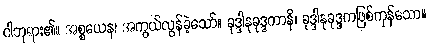
ငါဘုရား၏။ အစ္စယေန၊ အကွယ်လွန်ခဲ့သော်။ ခုဒ္ဒါနုခုဒ္ဒကာနိ၊ ခုဒ္ဒါနုခုဒ္ဒကဖြစ်ကုန်သော။